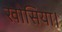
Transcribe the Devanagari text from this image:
खोसिया।